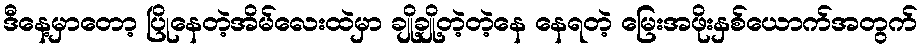
ဒီနေ့မှာတော့ ပြိုနေတဲ့အိမ်လေးထဲမှာ ချို့ချို့တဲ့တဲ့နေ နေရတဲ့ မြေးအဖိုးနှစ်ယောက်အတွက်